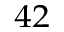
^ { 4 2 }